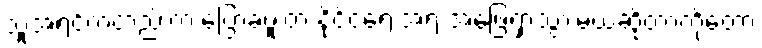
သူအရင်ကတည်းက ပြောခဲ့ဖူးတဲ့ နိုင်ငံရေးအရ အဖြေရှာသွားမယ်ဆိုတာကိုတော့